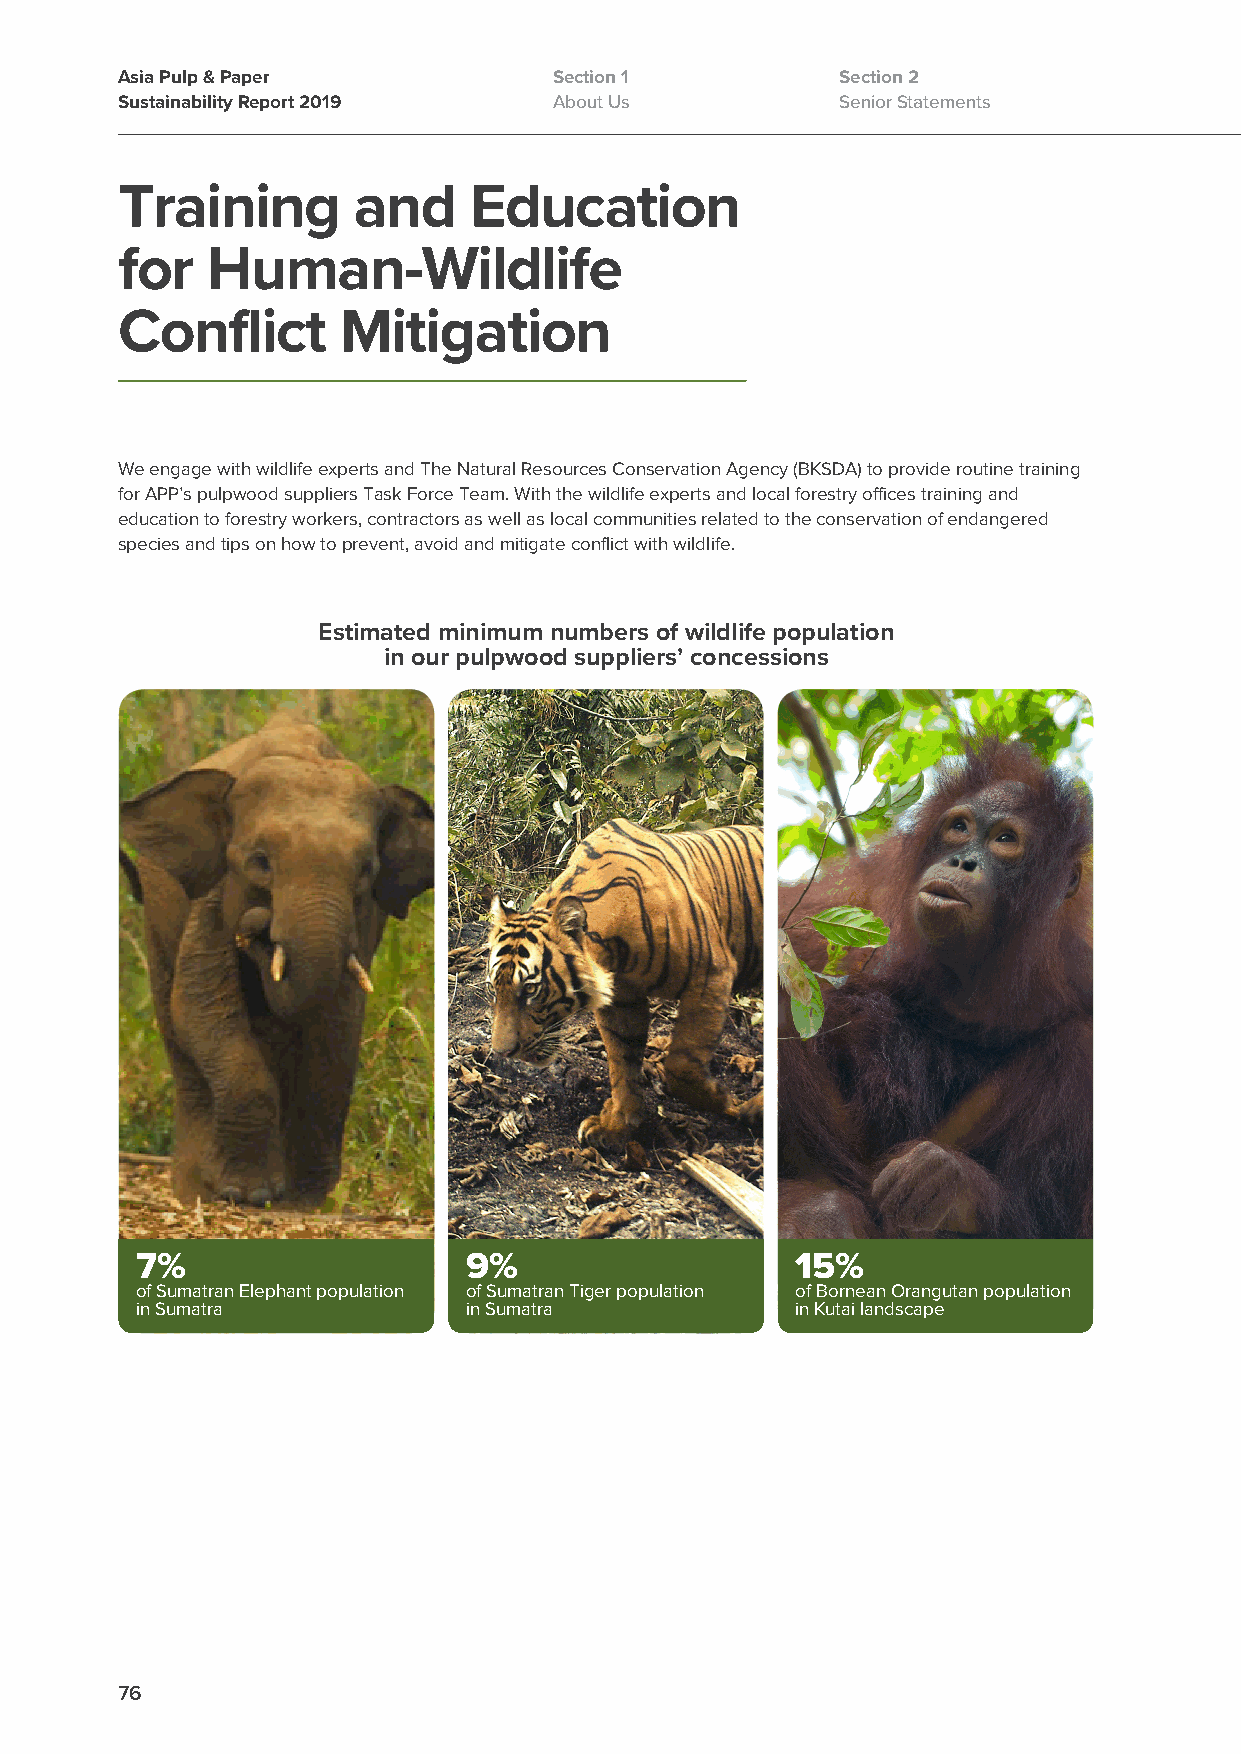
Asia Pulp & Paper            Section 1          Section 2
 Sustainability Report 2019   About Us           Senior Statements
 Training       and     Education
 for   Human-Wildlife
 Conflict      Mitigation
 We engage with wildlife experts and The Natural Resources Conservation Agency (BKSDA) to provide routine training
 for APP’s pulpwood suppliers Task Force Team. With the wildlife experts and local forestry offices training and
 education to forestry workers, contractors as well as local communities related to the conservation of endangered
 species and tips on how to prevent, avoid and mitigate conflict with wildlife.
 Estimated minimum numbers of wildlife population
 in our pulpwood suppliers’ concessions
 7%                    9%                    15%
 of Sumatran Elephant population of Sumatran Tiger population of Bornean Orangutan population
 in Sumatra            in Sumatra            in Kutai landscape
 76